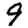
Digit: 9